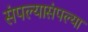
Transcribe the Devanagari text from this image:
संपल्यासंपल्या